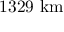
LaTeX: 1 3 2 9 { \mathrm { ~ k m } }